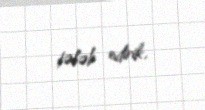
tələb edirik.